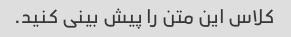
کلاس این متن را پیش بینی کنید.